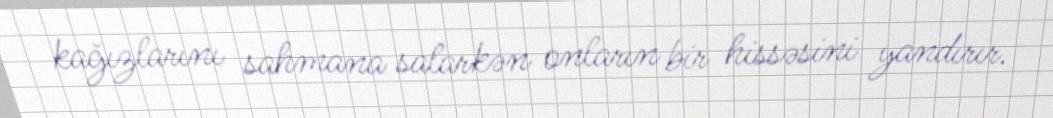
kağızlarını sahmana salarkən onların bir hissəsini yandırır.